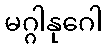
မဂ္ဂါနုဂေါ